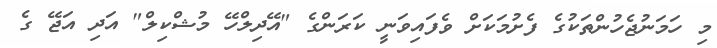
މި ހަމަނުޖެހުންތަކުގެ ފެށުމަކަށް ވެފައިވަނީ ކަރަންގެ "އޭދިލްހޭ މުޝްކިލް" އަދި އަޖޭ ގެ